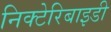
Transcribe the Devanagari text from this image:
निक्टेरिबाइडी